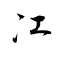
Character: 冮